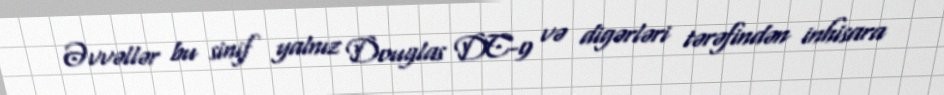
Əvvəllər bu sinif yalnız Douglas DC-9 və digərləri tərəfindən inhisara